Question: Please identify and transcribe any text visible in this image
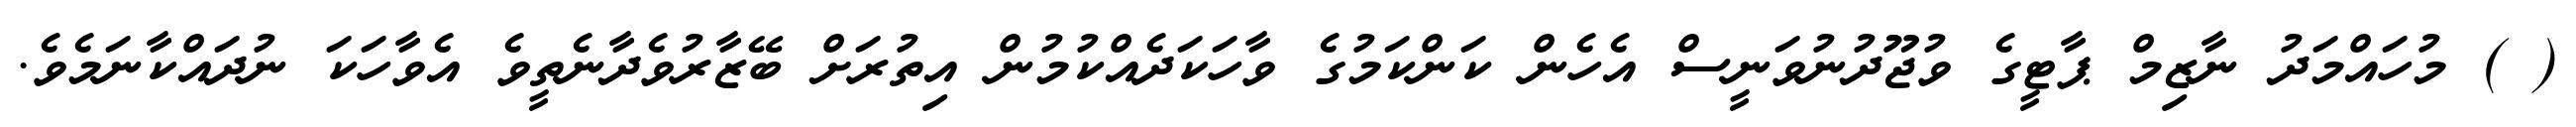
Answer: ( ) މުހައްމަދު ނާޒިމް ޕާޓީގެ ވުޖޫދުނުވަނީސް އެހެން ކަންކަމުގެ ވާހަކަދެއްކުމުން އިތުރަށް ބޭޒާރުވެދާނެތީވެ އެވާހަކަ ނުދައްކާނަމެވެ.